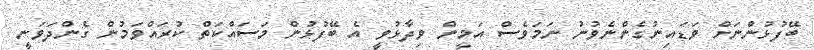
ބޭފުޅުންނަށް ވަޑައިނުގެންނެވުނު ނަމަވެސް އަމީން ވިދާޅުވީ އެ ބޭފުޅުން މަސައްކަތް ކުރައްވަމުން ގެންދަވަނީ